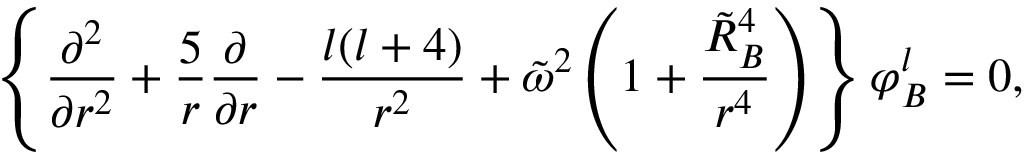
\left\{ { \frac { \partial ^ { 2 } } { \partial r ^ { 2 } } } + { \frac { 5 } { r } } { \frac { \partial } { \partial r } } - { \frac { l ( l + 4 ) } { r ^ { 2 } } } + \tilde { \omega } ^ { 2 } \left( 1 + { \frac { \tilde { R } _ { B } ^ { 4 } } { r ^ { 4 } } } \right) \right\} \varphi _ { B } ^ { l } = 0 ,